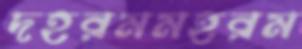
দহরমমহরম